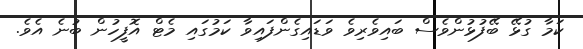
ކަމާ ގުޅޭ ބޭފުޅުންވެސް ބައިވެރިވެ ވަޑައިގެންފައިވާ ކަމުގައި މެޓް އޮފީހުން ބުނެ އެވެ.